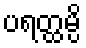
ပရတ္ထမ္ပိ